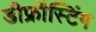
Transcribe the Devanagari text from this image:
डीफ्रॉस्टिंग